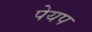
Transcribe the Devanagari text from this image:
पेयप